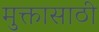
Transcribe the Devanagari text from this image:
मुक्तासाठी